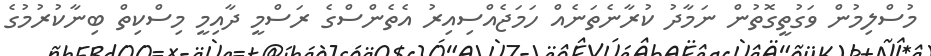
މުސްލިމުން ވަގުތީގޮތުން ނަމާދު ކުރާނެތަނެއް ހަމަޖެއްސިއިރު އެތެންސްގެ ރަސްމީ ދާއިމީ މިސްކިތް ބިނާކުރުމުގެ